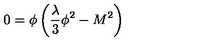
0 = \phi \left( { \frac { \lambda } { 3 } } \phi ^ { 2 } - M ^ { 2 } \right)